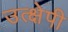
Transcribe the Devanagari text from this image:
उत्क्षेपी